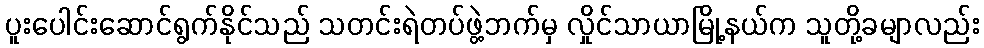
ပူးပေါင်းဆောင်ရွက်နိုင်သည် သတင်းရဲတပ်ဖွဲ့ဘက်မှ လှိုင်သာယာမြို့နယ်က သူတို့ခမျာလည်း